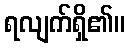
ရလျက်ရှိ၏။